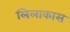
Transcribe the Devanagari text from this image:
लिलाकास